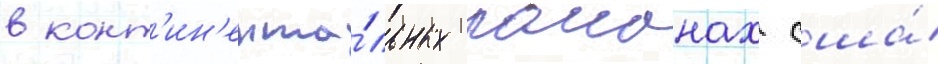
в конт'ин'ента́льных раионах сша́